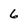
Character: 6